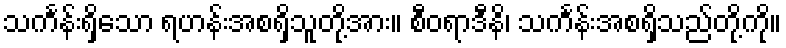
သင်္ကန်းရှိသော ရဟန်းအစရှိသူတို့အား။ စီဝရာဒီနိ၊ သင်္ကန်းအစရှိသည်တို့ကို။